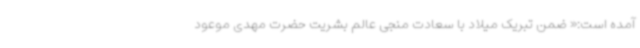
آمده است:« ضمن تبریک میلاد با سعادت منجی عالم بشریت حضرت مهدی موعود